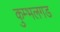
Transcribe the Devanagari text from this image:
कुम्भलगड